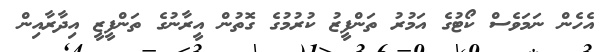
އެހެން ނަމަވެސް ކޯޓުގެ އަމުރު ތަންފީޒު ކުރުމުގެ ގޮތުން އީރާނުގެ ތަންފީޒީ އިދާރާއިން